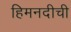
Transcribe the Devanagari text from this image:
हिमनदीची